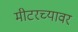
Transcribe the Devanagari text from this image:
मीटरच्यावर